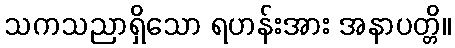
သကသညာရှိသော ရဟန်းအား အနာပတ္တိ။